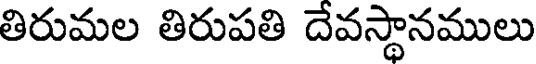
తిరుమల తిరుపతి దేవస్థానములు